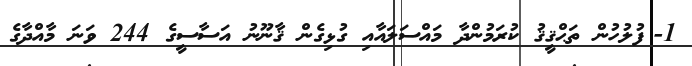
1-	ފުލުހުން ތަޙްޤީޤު ކުރަމުންދާ މައްސަލައާއި ގުޅިގެން ޤާނޫނު އަސާސީގެ 244 ވަނަ މާއްދާގެ